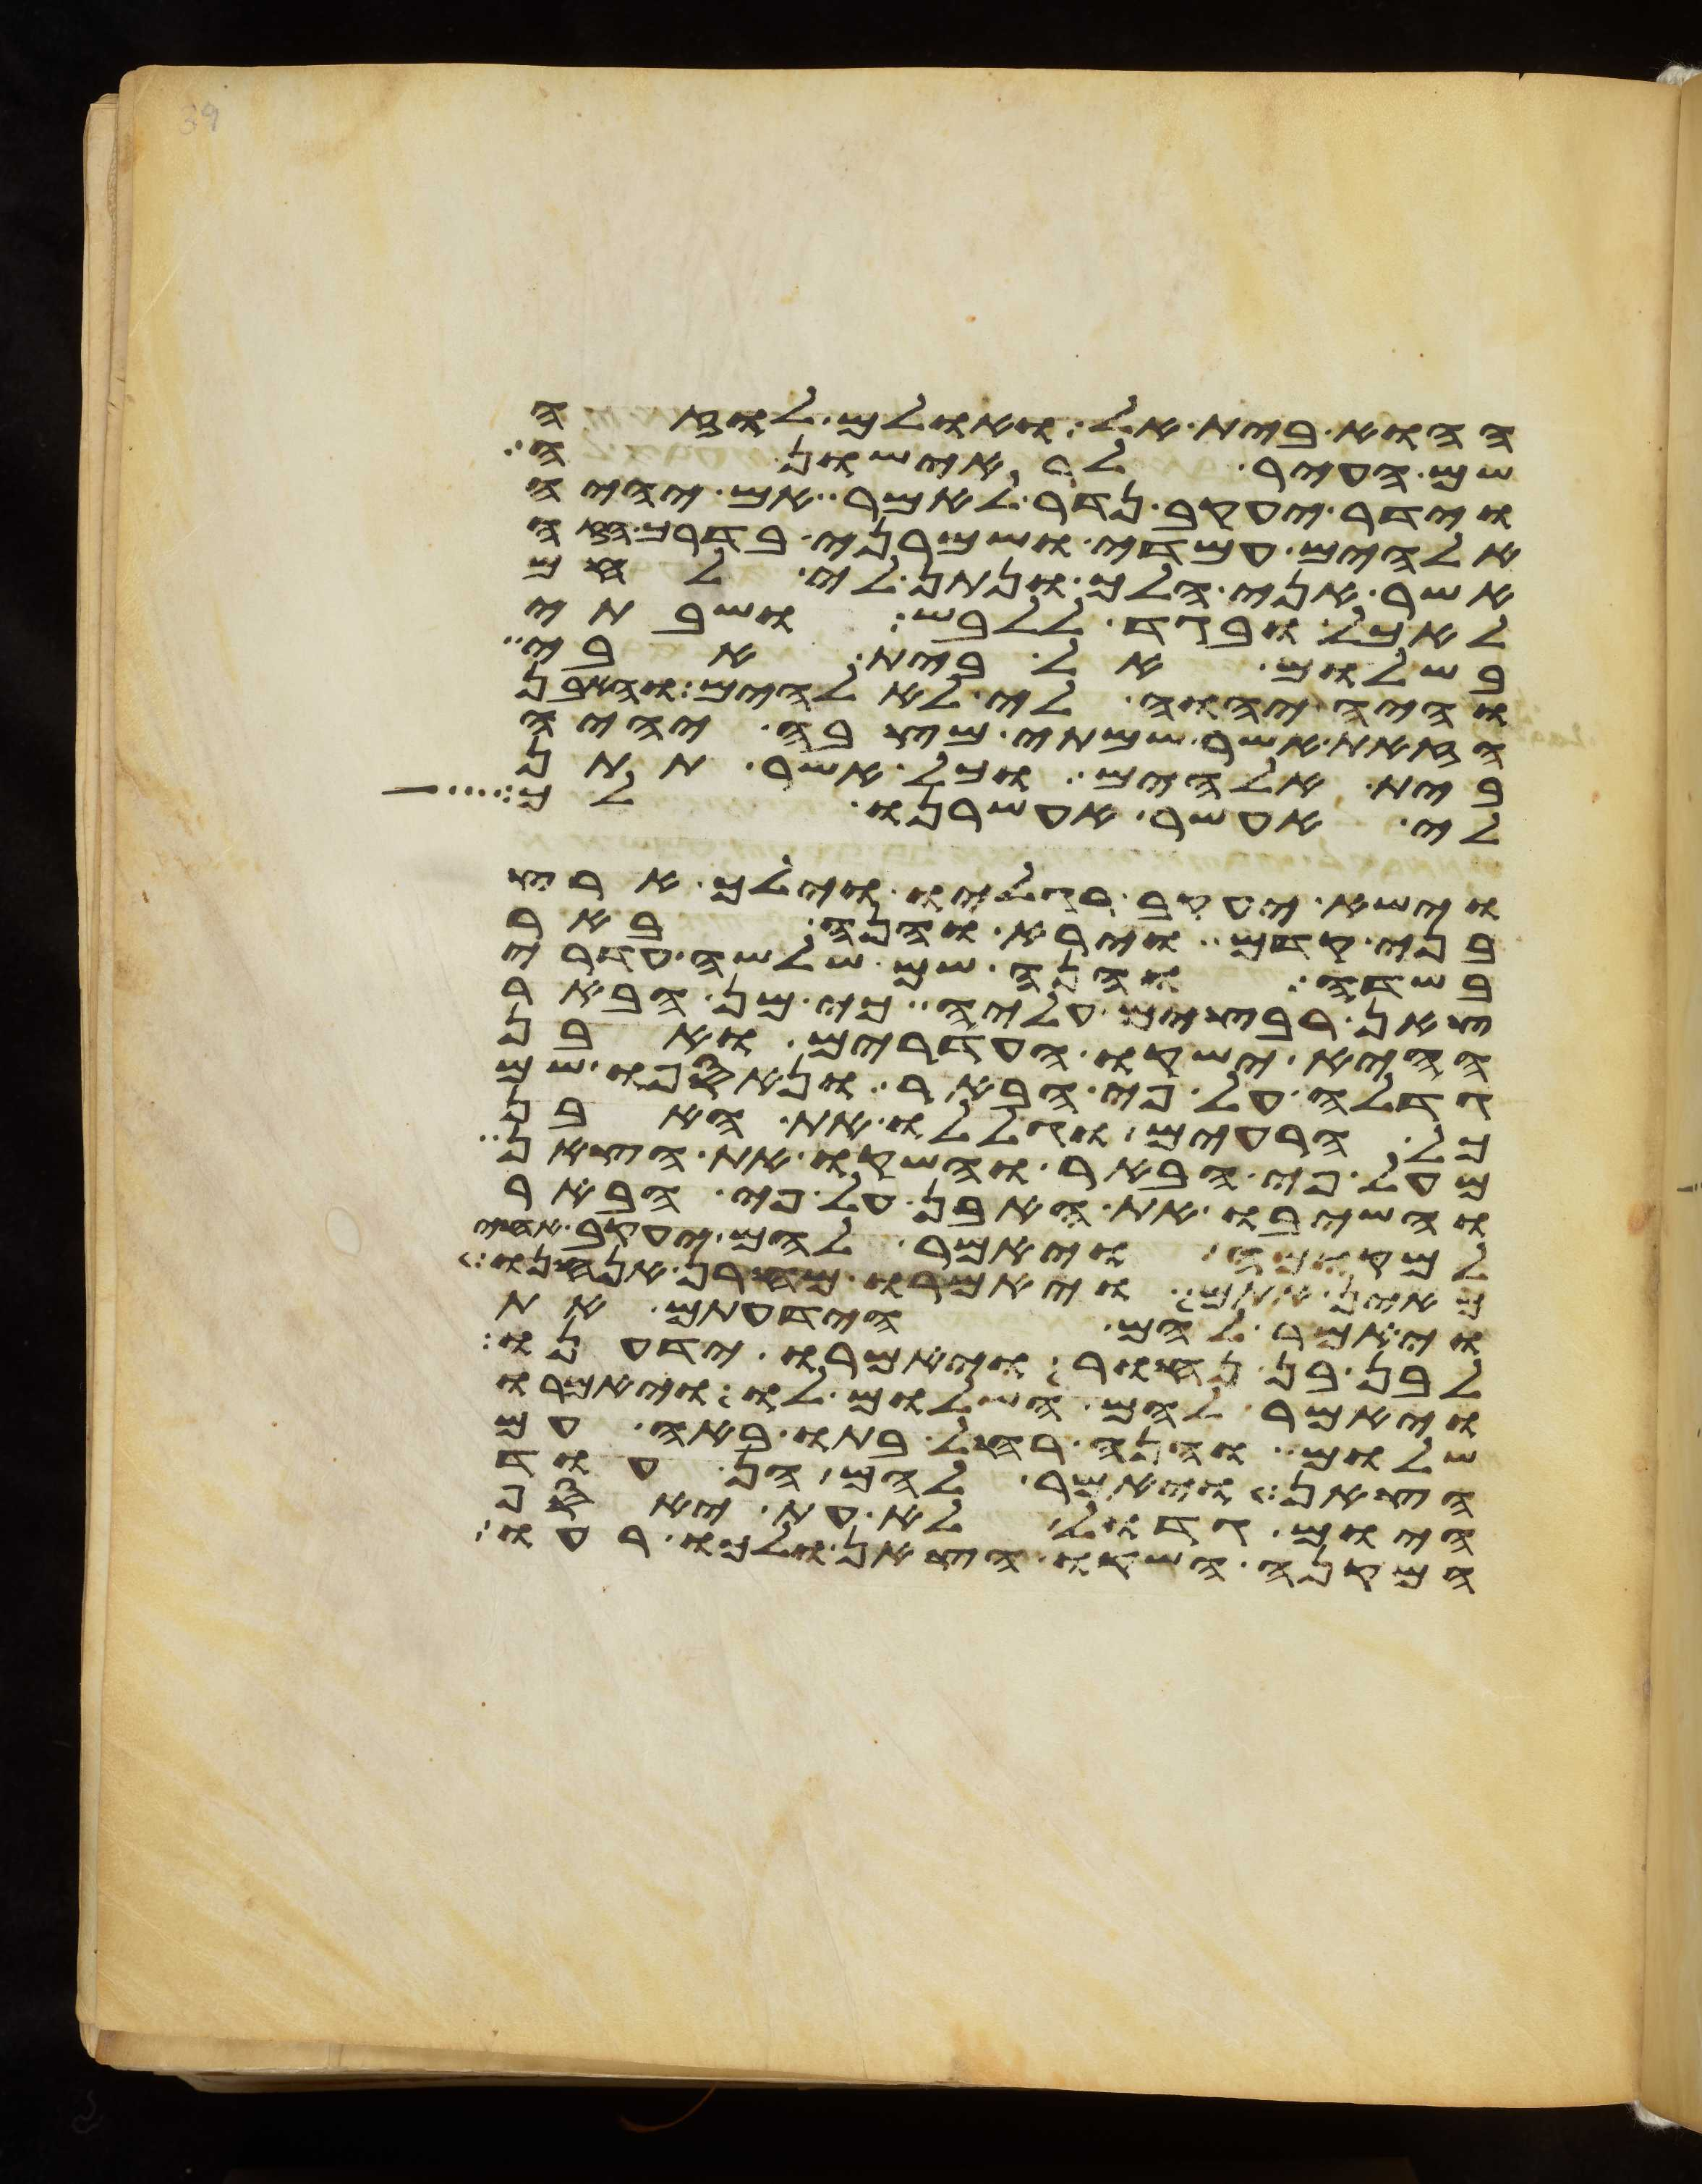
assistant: ההוא בית אל ואולם לוזה
שם העיר לראישונה
וידר יעקב נדר לאמר אם יהיה
אלהים עמדי ושמרני בדרך הזה
אשר אני הלך ונתן לי לחם
לאכל ובגד ללבש ושבתי
בשלום אל בית אבי
והיה יהוה לי לאלהים והאבן
הזאת אשר שמתי מצבה יהיה
בית אלהים וכל אשר תתן
לי אעשר אעשרנו לך
וישא יעקב רגליו וילך ארץ
בני קדם וירא והנה באר
בשדה והנה שם שלשה עדרי
צאן רבצים עליה כי מן הבאר
ההיא ישקו העדרים ואבן
גדלה על פי הבאר ונאספו שם
כל הרעים וגללו את האבן
מעל פי הבאר והשקו את הצאן
והשיבו את האבן על פי הבאר
למקומה ויאמר להם יעקב אחי
מאין אתם ויאמרו מחרן אנחנו
ויאמר להם הידעתם את
לבן בן נחור ויאמרו ידענו
ויאמר להם השלום לו ויאמרו
שלום והנה רחל בתו באה עם
הצאן ויאמר להם הן עוד
היום גדול לא עת האסף
המקנה השקו הצאן ולכו רעו